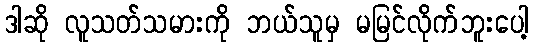
ဒါဆို လူသတ်သမားကို ဘယ်သူမှ မမြင်လိုက်ဘူးပေါ့